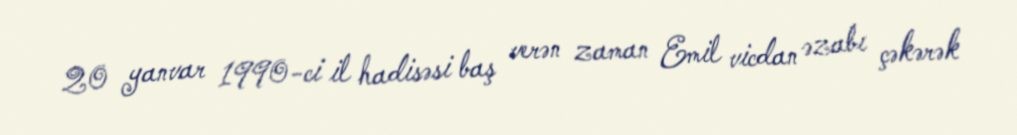
20 yanvar 1990-ci il hadisəsi baş verən zaman Emil vicdan əzabı çəkərək